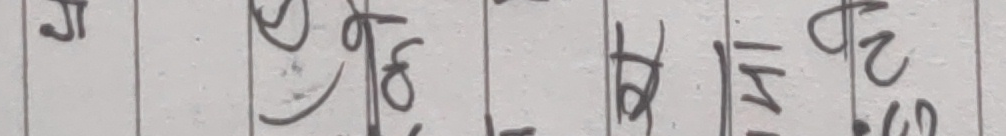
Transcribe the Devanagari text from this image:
गजझटठडढ